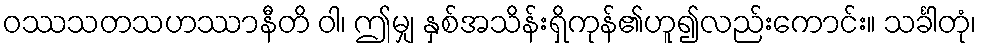
ဝဿသတသဟဿာနီတိ ဝါ၊ ဤမျှ နှစ်အသိန်းရှိကုန်၏ဟူ၍လည်းကောင်း။ သင်္ခါတုံ၊